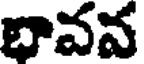
భావవ